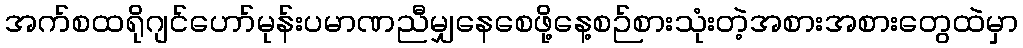
အက်စထရိုဂျင်ဟော်မုန်းပမာဏညီမျှနေစေဖို့နေ့စဉ်စားသုံးတဲ့အစားအစားတွေထဲမှာ